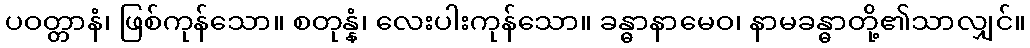
ပဝတ္တာနံ၊ ဖြစ်ကုန်သော။ စတုန္နံ၊ လေးပါးကုန်သော။ ခန္ဓာနာမေဝ၊ နာမခန္ဓာတို့၏သာလျှင်။